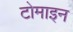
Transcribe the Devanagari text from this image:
टोमाइन